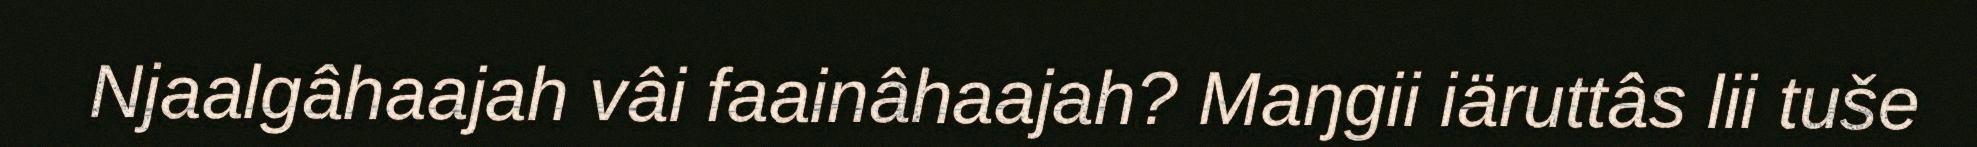
Njaalgâhaajah vâi faainâhaajah? Maŋgii iäruttâs lii tuše